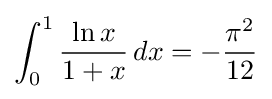
\int _{0}^{1}{\frac {\ln x}{1+x}}\,dx=-{\frac {\pi ^{2}}{12}}